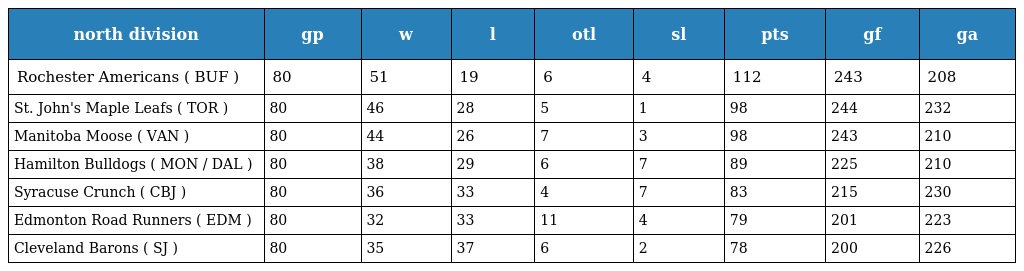
| north division | gp | w | l | otl | sl | pts | gf | ga |
 | --- | --- | --- | --- | --- | --- | --- | --- | --- |
 | Rochester Americans ( BUF ) | 80 | 51 | 19 | 6 | 4 | 112 | 243 | 208 |
 | St. John's Maple Leafs ( TOR ) | 80 | 46 | 28 | 5 | 1 | 98 | 244 | 232 |
 | Manitoba Moose ( VAN ) | 80 | 44 | 26 | 7 | 3 | 98 | 243 | 210 |
 | Hamilton Bulldogs ( MON / DAL ) | 80 | 38 | 29 | 6 | 7 | 89 | 225 | 210 |
 | Syracuse Crunch ( CBJ ) | 80 | 36 | 33 | 4 | 7 | 83 | 215 | 230 |
 | Edmonton Road Runners ( EDM ) | 80 | 32 | 33 | 11 | 4 | 79 | 201 | 223 |
 | Cleveland Barons ( SJ ) | 80 | 35 | 37 | 6 | 2 | 78 | 200 | 226 |